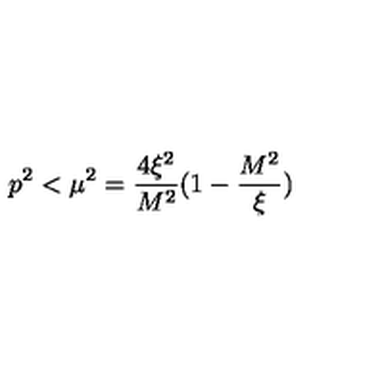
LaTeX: p ^ { 2 } < \mu ^ { 2 } = \frac { 4 \xi ^ { 2 } } { M ^ { 2 } } ( 1 - \frac { M ^ { 2 } } { \xi } )